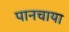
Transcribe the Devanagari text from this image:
पानचाया